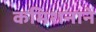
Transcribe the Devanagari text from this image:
कमिशनाने